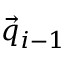
\vec { q } _ { i - 1 }